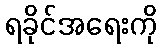
ရခိုင်အရေးကို